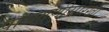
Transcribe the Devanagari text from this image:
पांचगणीसारखी